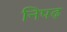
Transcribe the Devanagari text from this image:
निपढ़